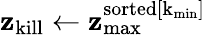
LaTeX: \mathbf{z}_{\mathrm{{kill}}}\leftarrow\mathbf{z}_{\mathrm{{max}}}^{\mathrm{{sorted[k_{\mathrm{{min}}}]}}}